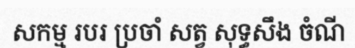
សកម្ម របរ ប្រចាំ សត្វ សុទ្ធសឹង ចំណី